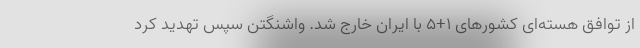
از توافق هسته‌ای کشورهای ۱+۵ با ایران خارج شد. واشنگتن سپس تهدید کرد